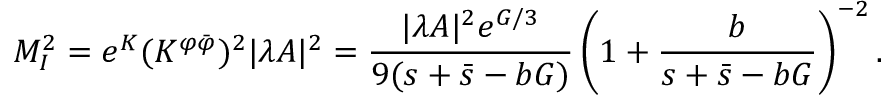
M _ { I } ^ { 2 } = e ^ { K } ( K ^ { \varphi \bar { \varphi } } ) ^ { 2 } | \lambda A | ^ { 2 } = \frac { | \lambda A | ^ { 2 } e ^ { G / 3 } } { 9 ( s + \bar { s } - b G ) } \left( 1 + \frac { b } { s + \bar { s } - b G } \right) ^ { - 2 } .